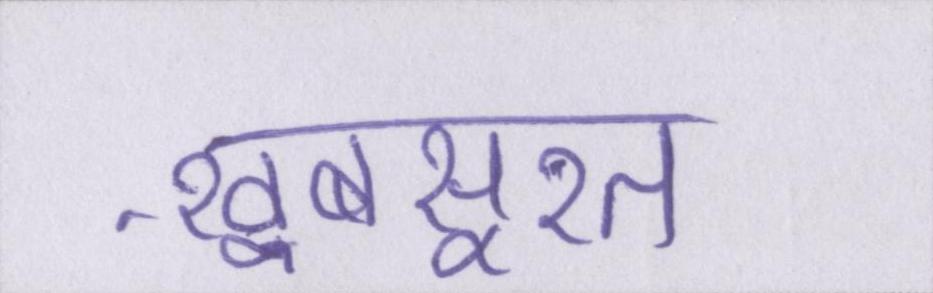
ख़ूबसूरत